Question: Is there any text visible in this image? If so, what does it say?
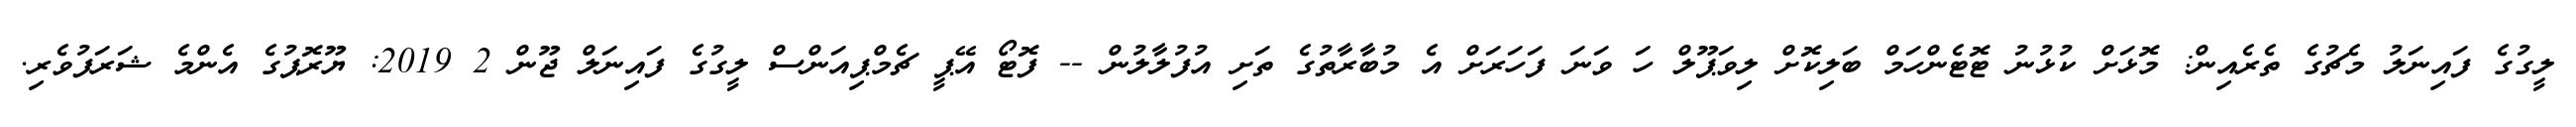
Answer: ލީގުގެ ފައިނަލު މެޗުގެ ތެރެއިން: މޮޅަށް ކުޅުނު ޓޮޓެންހަމް ބަލިކޮށް ލިވަޕޫލް ހަ ވަނަ ފަހަރަށް އެ މުބާރާތުގެ ތަށި އުފުލާލުން -- ފޮޓޯ އޭޕީ ޗެމްޕިއަންސް ލީގުގެ ފައިނަލް ޖޫން 2 2019: ޔޫރޮޕުގެ އެންމެ ޝަރަފުވެރި.